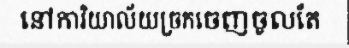
នៅការិយាល័យច្រកចេញចូលតែ